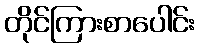
တိုင်ကြားစာပေါင်း